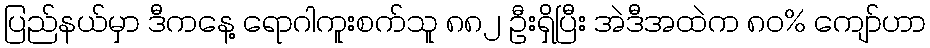
ပြည်နယ်မှာ ဒီကနေ့ ရောဂါကူးစက်သူ ၈၈၂ ဦးရှိပြီး အဲဒီအထဲက ၈၀% ကျော်ဟာ